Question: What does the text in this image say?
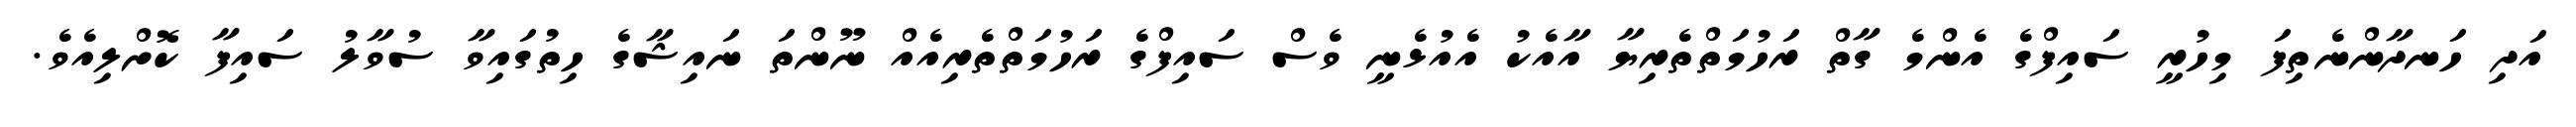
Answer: އަދި ހަނދާންނެތިފަ މިހުރީ ސައިފްގެ އެންމެ ގާތް ރަހުމަތްތެރިޔާ އާއެކު އެއުޅެނީ ވެސް ސައިފްގެ ރަހުމަތްތެރިއެއް ނޫންތަ ނައިޝާގެ ހިތުގައިވާ ސުވާލު ސައިފާ ކޮށްލިއެވެ.